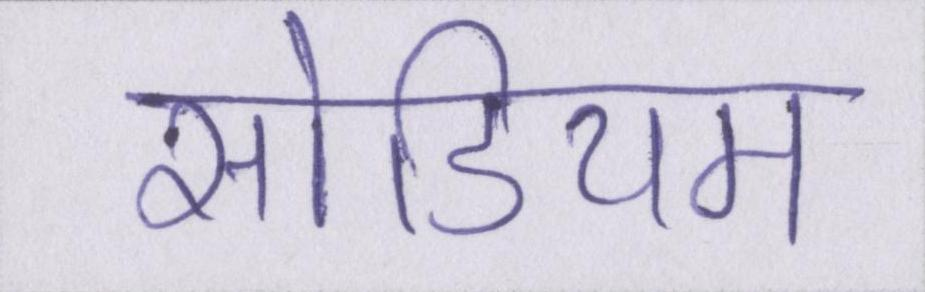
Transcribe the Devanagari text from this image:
सोडियम